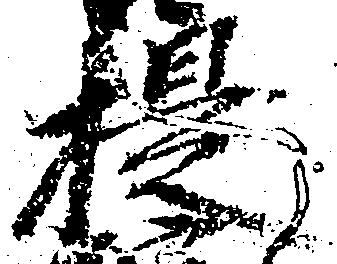
提